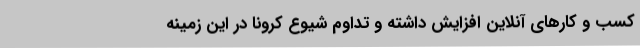
کسب و کارهای آنلاین افزایش داشته و تداوم شیوع کرونا در این زمینه